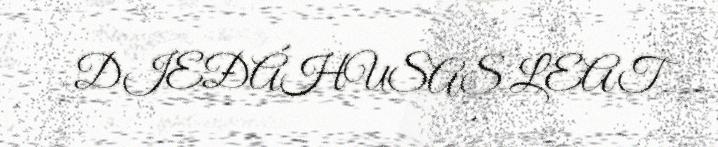
DIEĐÁHUSAS LEAT